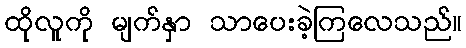
ထိုလူကို မျက်နှာ သာပေးခဲ့ကြလေသည်။